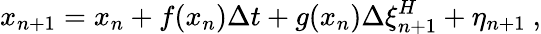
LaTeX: {x_{n+1}=x_{n}+f(x_{n})\Delta t+g(x_{n})\Delta\xi_{n+1}^{H}+\eta_{n+1}}\ ,